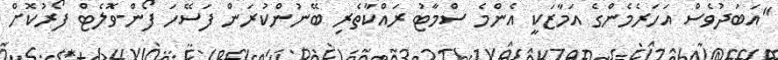
"އަބަދުވެސް އަހަރެމެންގެ އަމާޒަކީ އެންމެ ސްމާޓު ރައްކާތެރި ބޭނުންކުރަން ފަސޭހަ ފޯން-ވޮލެޓް ފޯރުކޮށް